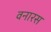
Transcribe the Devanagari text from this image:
वनारस